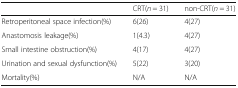
<table><thead><tr><td></td><td><b>CRT(<i>n</i> = 31)</b></td><td><b>non-CRT(<i>n</i> = 31)</b></td></tr></thead><tbody><tr><td>Retroperitoneal space infection(%)</td><td>6(26)</td><td>4(27)</td></tr><tr><td>Anastomosis leakage(%)</td><td>1(4.3)</td><td>4(27)</td></tr><tr><td>Small intestine obstruction(%)</td><td>4(17)</td><td>4(27)</td></tr><tr><td>Urination and sexual dysfunction(%)</td><td>5(22)</td><td>3(20)</td></tr><tr><td>Mortality(%)</td><td>N/A</td><td>N/A</td></tr></tbody></table>